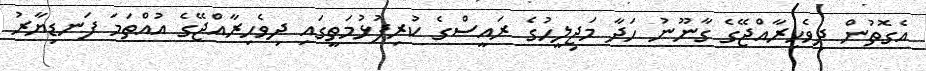
އެގޮތުން ދިވެހިރާއްޖޭގެ ގާނޫނު ހަދާ މަޖިލީހުގެ ރައީސްގެ ކުރިފުޅުމަތީގައި ދިވެހިރާއްޖޭގެ އުއްތަމަ ފަނޑިޔާރު